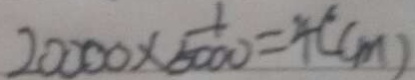
2 0 0 0 0 \times \frac { 1 } { 5 0 0 0 } = 4 ( c m )